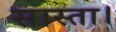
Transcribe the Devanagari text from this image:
सास्ता।